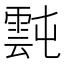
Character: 霕